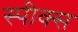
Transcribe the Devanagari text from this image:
स्पीक्स